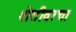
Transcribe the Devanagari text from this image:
शेतीवरचा